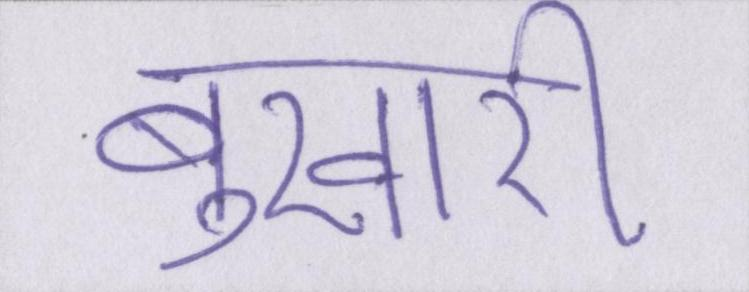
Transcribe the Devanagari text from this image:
बुखारी